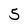
Character: 5